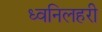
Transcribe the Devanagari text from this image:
ध्वनिलहरी